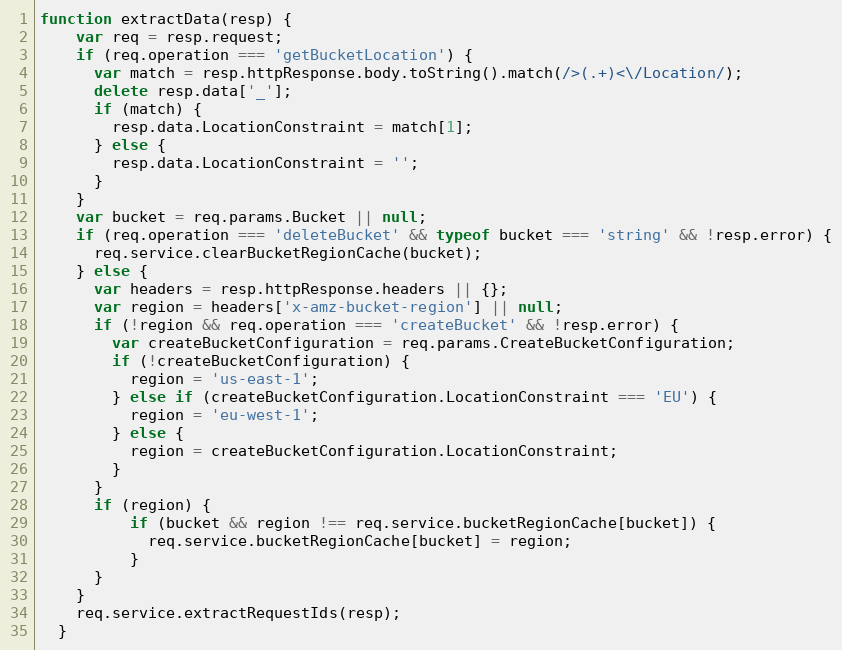
Language: JavaScript
function extractData(resp) {
    var req = resp.request;
    if (req.operation === 'getBucketLocation') {
      var match = resp.httpResponse.body.toString().match(/>(.+)<\/Location/);
      delete resp.data['_'];
      if (match) {
        resp.data.LocationConstraint = match[1];
      } else {
        resp.data.LocationConstraint = '';
      }
    }
    var bucket = req.params.Bucket || null;
    if (req.operation === 'deleteBucket' && typeof bucket === 'string' && !resp.error) {
      req.service.clearBucketRegionCache(bucket);
    } else {
      var headers = resp.httpResponse.headers || {};
      var region = headers['x-amz-bucket-region'] || null;
      if (!region && req.operation === 'createBucket' && !resp.error) {
        var createBucketConfiguration = req.params.CreateBucketConfiguration;
        if (!createBucketConfiguration) {
          region = 'us-east-1';
        } else if (createBucketConfiguration.LocationConstraint === 'EU') {
          region = 'eu-west-1';
        } else {
          region = createBucketConfiguration.LocationConstraint;
        }
      }
      if (region) {
          if (bucket && region !== req.service.bucketRegionCache[bucket]) {
            req.service.bucketRegionCache[bucket] = region;
          }
      }
    }
    req.service.extractRequestIds(resp);
  }